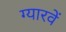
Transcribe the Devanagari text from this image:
ग्‍यारवें